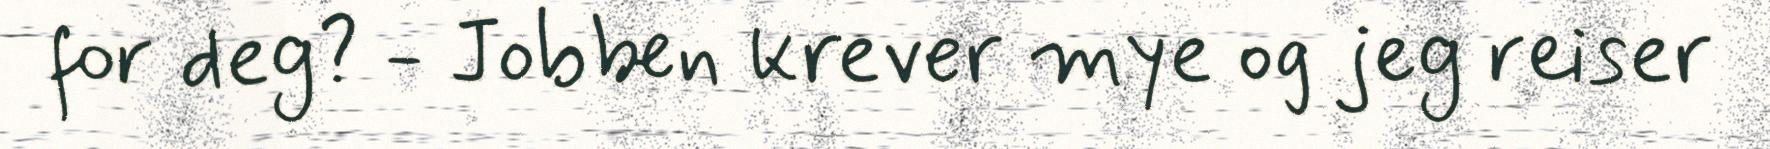
for deg? - Jobben krever mye og jeg reiser